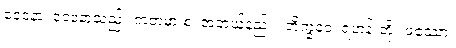
ဝေဒနာ၊ ဝေဒနာသည်။ ကတမာ စ၊ အဘယ်နည်း။ ဘိက္ခဝေ၊ ရဟန်းတို့။ ဖဿော၊